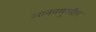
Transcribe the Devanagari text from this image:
आननमुखीय